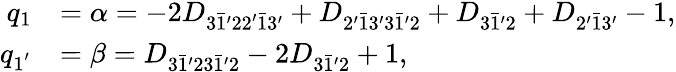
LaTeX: \begin{array}{rl}{q_{1}}&{=\alpha=-2{D_{3\bar{1}^{\prime}22^{\prime}\bar{1}3^{\prime}}}+{D_{2^{\prime}\bar{1}3^{\prime}3\bar{1}^{\prime}2}}+{D_{3\bar{1}^{\prime}2}}+{D_{2^{\prime}\bar{1}3^{\prime}}}-1,}\\ {q_{1^{'}}}&{=\beta={D_{3\bar{1}^{\prime}23\bar{1}^{\prime}2}}-2{D_{3\bar{1}^{\prime}2}}+1,}\end{array}